Vaccination in Burma 1889-1999 - 1889-1999
Year: 1889
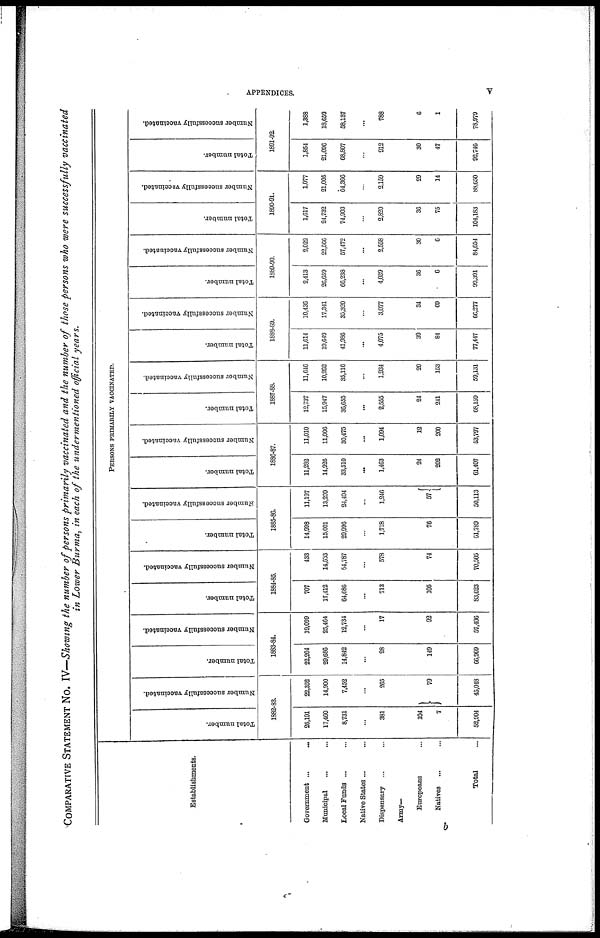
APPENDICES.
v
COMPARATIVE STATEMENT No. IV—Showing the number of persons primarily vaccinated and the number of those persons who were successfully vaccinated
in Lower Burma, in each of the undermentioned official years.
Establishments.
Government
...
...
Municipal ... ...
Local Funds ... ...
Native States ... ...
Dispensary ... ...
Army—
Europeans ... ...
Natives ... ...
Total ...
PERSONS PRIMARILY VACCINATED.
Total number.
Number successfully vaccinated.
1882-83.
26,191
17,460
8,731
...
381
104
7
52,904
22,352
14,900
7,452
...
265
79
45,048
Total number.
Number successfully vaccinated.
1883-84.
22,264
29,686
14,842
...
28
149
66,969
19,099
25,464
12,734
...
17
92
57,406
Total number.
Number successfully vaccinated.
1884-85.
707
17,412
64,686
...
713
105
83,623
433
14,633
54,787
...
578
74
70,505
Total number.
Number successfully vaccinated.
1885-86.
14,998
15,001
29,996
...
1,718
76
61,789
11,197
13,209
24,404
...
1,246
57
50,113
Total number.
Number successfully vaccinated.
1886-87.
11,282
14,926
33,510
...
1,463
24
202
61,407
11,010
11,006
30,475
...
1,094
12
200
53,797
Total number.
Number successfully vaccinated.
1887-88.
12,737
15,947
36,655
...
2,555
24
241
68,159
11,646
10,262
35,116
...
1,934
20
153
59,131
Total number.
Number successfully vaccinated.
1888-89.
11,614
19,649
41,986
...
4,075
39
84
77,447
10,436
17,341
35,320
...
3,077
34
69
66,277
Total number.
Number successfully vaccinated.
1889-90.
2,413
26,659
66,238
...
4,039
36
6
99,391
2,022
22,566
57,472
...
2,558
30
6
84,654
Total number.
Number successfully vaccinated.
1890-91.
1,617
24,732
74,903
...
2,820
36
75
104,183
1,077
21,005
64,366
...
2,159
29
14
88,650
Total number.
Number successfully vaccinated.
1891-92.
1,854
21,096
68,807
...
912
30
47
92,746
1,386
18,659
58,137
...
788
6
1
78,979
b